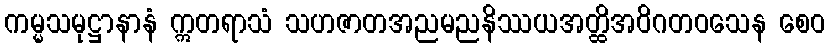
ကမ္မသမုဋ္ဌာနာနံ ဣတရာသံ သဟဇာတအညမညနိဿယအတ္ထိအဝိဂတဝသေန စေဝ